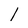
Character: 1